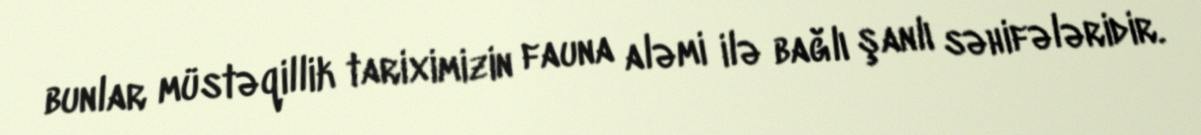
bunlar müstəqillik tariximizin fauna aləmi ilə bağlı şanlı səhifələridir.